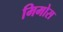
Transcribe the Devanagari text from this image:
मिमोस